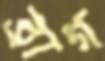
ব্রাগ